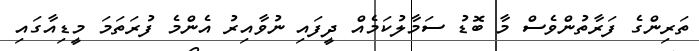
ތަރިންގެ ފަރާތުންވެސް މާ ބޮޑު ސަމާލުކަމެއް ދީފައި ނުވާއިރު އެންމެ ފުރަތަމަ މީޑިއާގައި